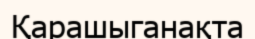
Қарашыганақта